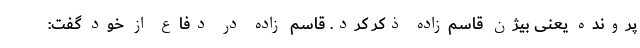
پرونده یعنی بیژن قاسم‌زاده ذکر کرد. قاسم زاده در دفاع از خود گفت: